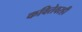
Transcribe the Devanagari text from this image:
कवितेवरही